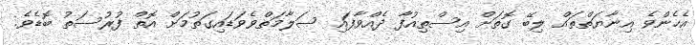
އެހެންވެ އިނާޔަތްތައް ލިބޭ ގޮތަށް އިސްތިއުފާ ދެއްވާފައި ސަލާމަތްވެވަޑައިގަތުމަށް އޮތް ފުރުސަތު ބޮޑެވެ.